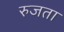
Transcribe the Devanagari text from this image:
रुजता